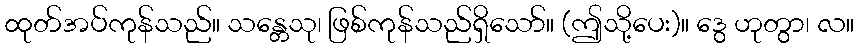
ထုတ်အပ်ကုန်သည်။ သန္တေသု၊ ဖြစ်ကုန်သည်ရှိသော်။ (ဤသို့ပေး)။ ဒွေ ဟုတွာ၊ လ။